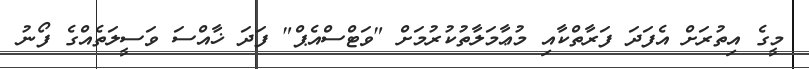
މީގެ އިތުރަށް އެފަދަ ފަރާތްކާއި މުޢާމަލާތުކުރުމަށް "ވަޓްސްއެޕް" ފަދަ ޚާއްސަ ވަސީލަތެއްގެ ފޯނު